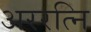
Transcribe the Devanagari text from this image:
अररत्नि